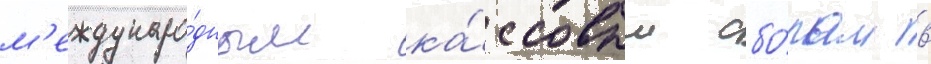
м'еждунаро́дным ка́ссовым сбо́рам в